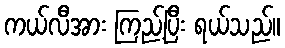
ကယ်လီအား ကြည့်ပြီး ရယ်သည်။